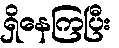
ရှိနေကြပြီး